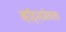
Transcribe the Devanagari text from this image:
व्हॉट्सॲपला